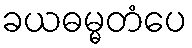
ခယဓမ္မတံပေ